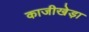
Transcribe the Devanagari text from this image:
काजीखेड़ा